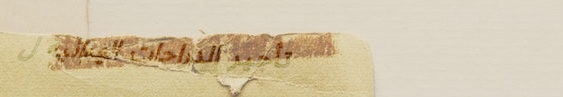
تأجير الدراجات الهوائية ل